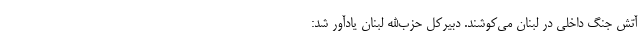
آتش جنگ داخلی در لبنان می‌کوشند. دبیرکل حزب‌الله لبنان یادآور شد: